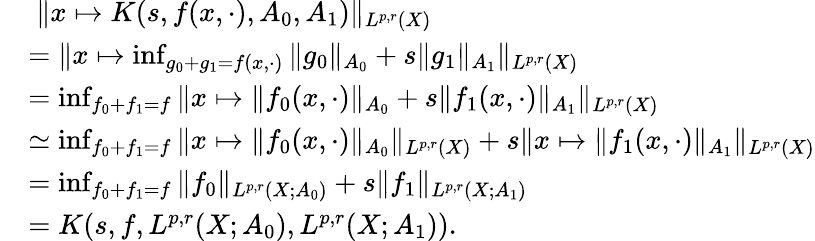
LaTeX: \begin{array}{r}{\begin{array}{rl}&{\; \| x\mapsto K(s,f(x,\cdot),A_{0},A_{1})\| _{L^{p,r}(X)}}\\ &{=\| x\mapsto\operatorname*{inf}_{g_{0}+g_{1}=f(x,\cdot)}\| g_{0}\| _{A_{0}}+s\| g_{1}\| _{A_{1}}\| _{L^{p,r}(X)}}\\ &{=\operatorname*{inf}_{f_{0}+f_{1}=f}\| x\mapsto\| f_{0}(x,\cdot)\| _{A_{0}}+s\| f_{1}(x,\cdot)\| _{A_{1}}\| _{L^{p,r}(X)}}\\ &{\simeq\operatorname*{inf}_{f_{0}+f_{1}=f}\| x\mapsto\| f_{0}(x,\cdot)\| _{A_{0}}\| _{L^{p,r}(X)}+s\| x\mapsto\| f_{1}(x,\cdot)\| _{A_{1}}\| _{L^{p,r}(X)}}\\ &{=\operatorname*{inf}_{f_{0}+f_{1}=f}\| f_{0}\| _{L^{p,r}(X;A_{0})}+s\| f_{1}\| _{L^{p,r}(X;A_{1})}}\\ &{=K(s,f,L^{p,r}(X;A_{0}),L^{p,r}(X;A_{1})).}\end{array}}\end{array}